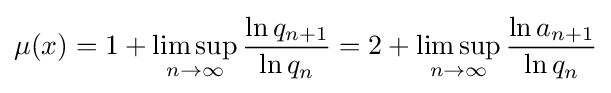
\mu (x)=1+\limsup _{n\to \infty }{\frac {\ln q_{n+1}}{\ln q_{n}}}=2+\limsup _{n\to \infty }{\frac {\ln a_{n+1}}{\ln q_{n}}}